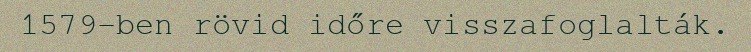
1579-ben rövid időre visszafoglalták.